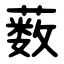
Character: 薮